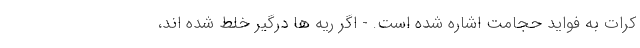
کرات به فواید حجامت اشاره شده است. - اگر ریه ها درگیر خلط شده اند،